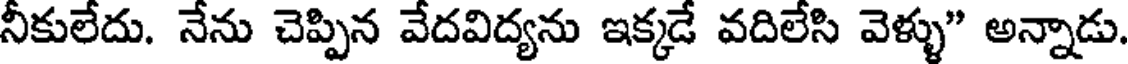
నీకులేదు. నేను చెప్పిన వేదవిద్యను ఇక్కడే వదిలేసి వెళ్ళు" అన్నాడు.